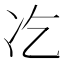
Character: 𠖯